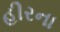
હીરના